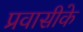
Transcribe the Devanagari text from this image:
प्रवासीके